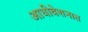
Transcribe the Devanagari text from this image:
आधीवेशनात